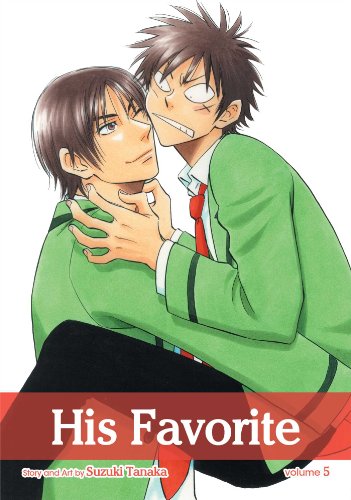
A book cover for His Favorite, Vol. 5; Suzuki Tanaka; Comics & Graphic Novels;